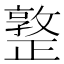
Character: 𣦤